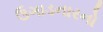
ઉગાડનારનો